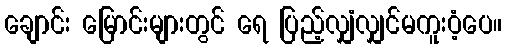
ချောင်း မြောင်းများတွင် ရေ ပြည့်လျှံလျှင်မကူးဝံ့ပေ။